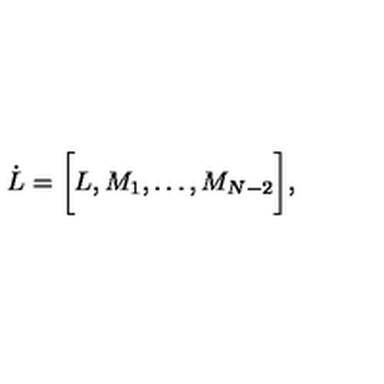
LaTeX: \dot { L } = \biggl \lbrack L , M _ { 1 } , \dots , M _ { N - 2 } \biggl \rbrack ,